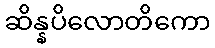
ဆိန္နပိလောတိကော